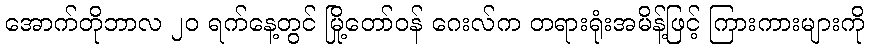
အောက်တိုဘာလ ၂၀ ရက်နေ့တွင် မြို့တော်ဝန် ဂေးလ်က တရားရုံးအမိန့်ဖြင့် ကြားကားများကို